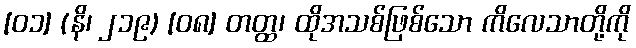
[၀၁] (နိ၊ ၂၁၉) [၀၈] တတ္ထ၊ ထိုအသစ်ဖြစ်သော ကိလေသာတို့ကို